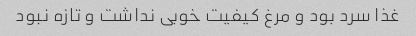
غذا سرد بود و مرغ کیفیت خوبی نداشت و تازه نبود